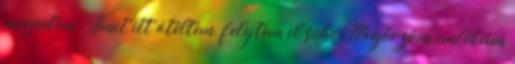
megvetem. Amit itt átéltem, felejtem el soha. Megőrzöm emlékeim